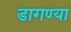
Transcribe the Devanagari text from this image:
डागण्या